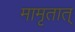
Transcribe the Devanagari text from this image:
मामृतात्